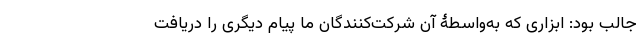
جالب بود: ابزاری که به‌واسطۀ آن شرکت‌کنندگان ما پیام دیگری را دریافت